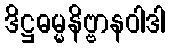
ဒိဋ္ဌဓမ္မနိဗ္ဗာနဝါဒါ